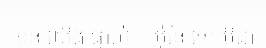
ខ្លួន យើង ផ្ទាល់ ។ ប៉ុន្តែ ទោះបីជា